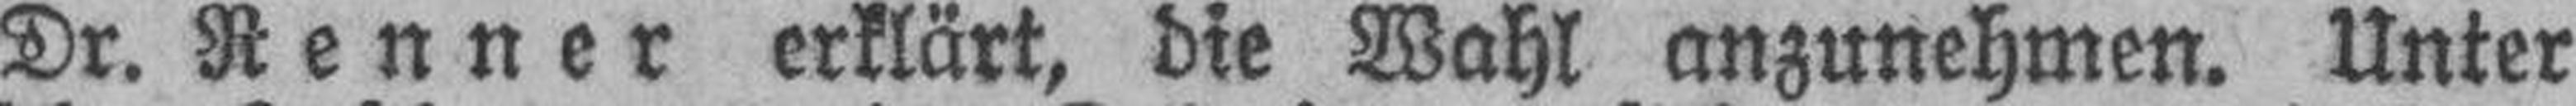
Dr. Renner erklärt, die Wahl anzunehmen. Unter